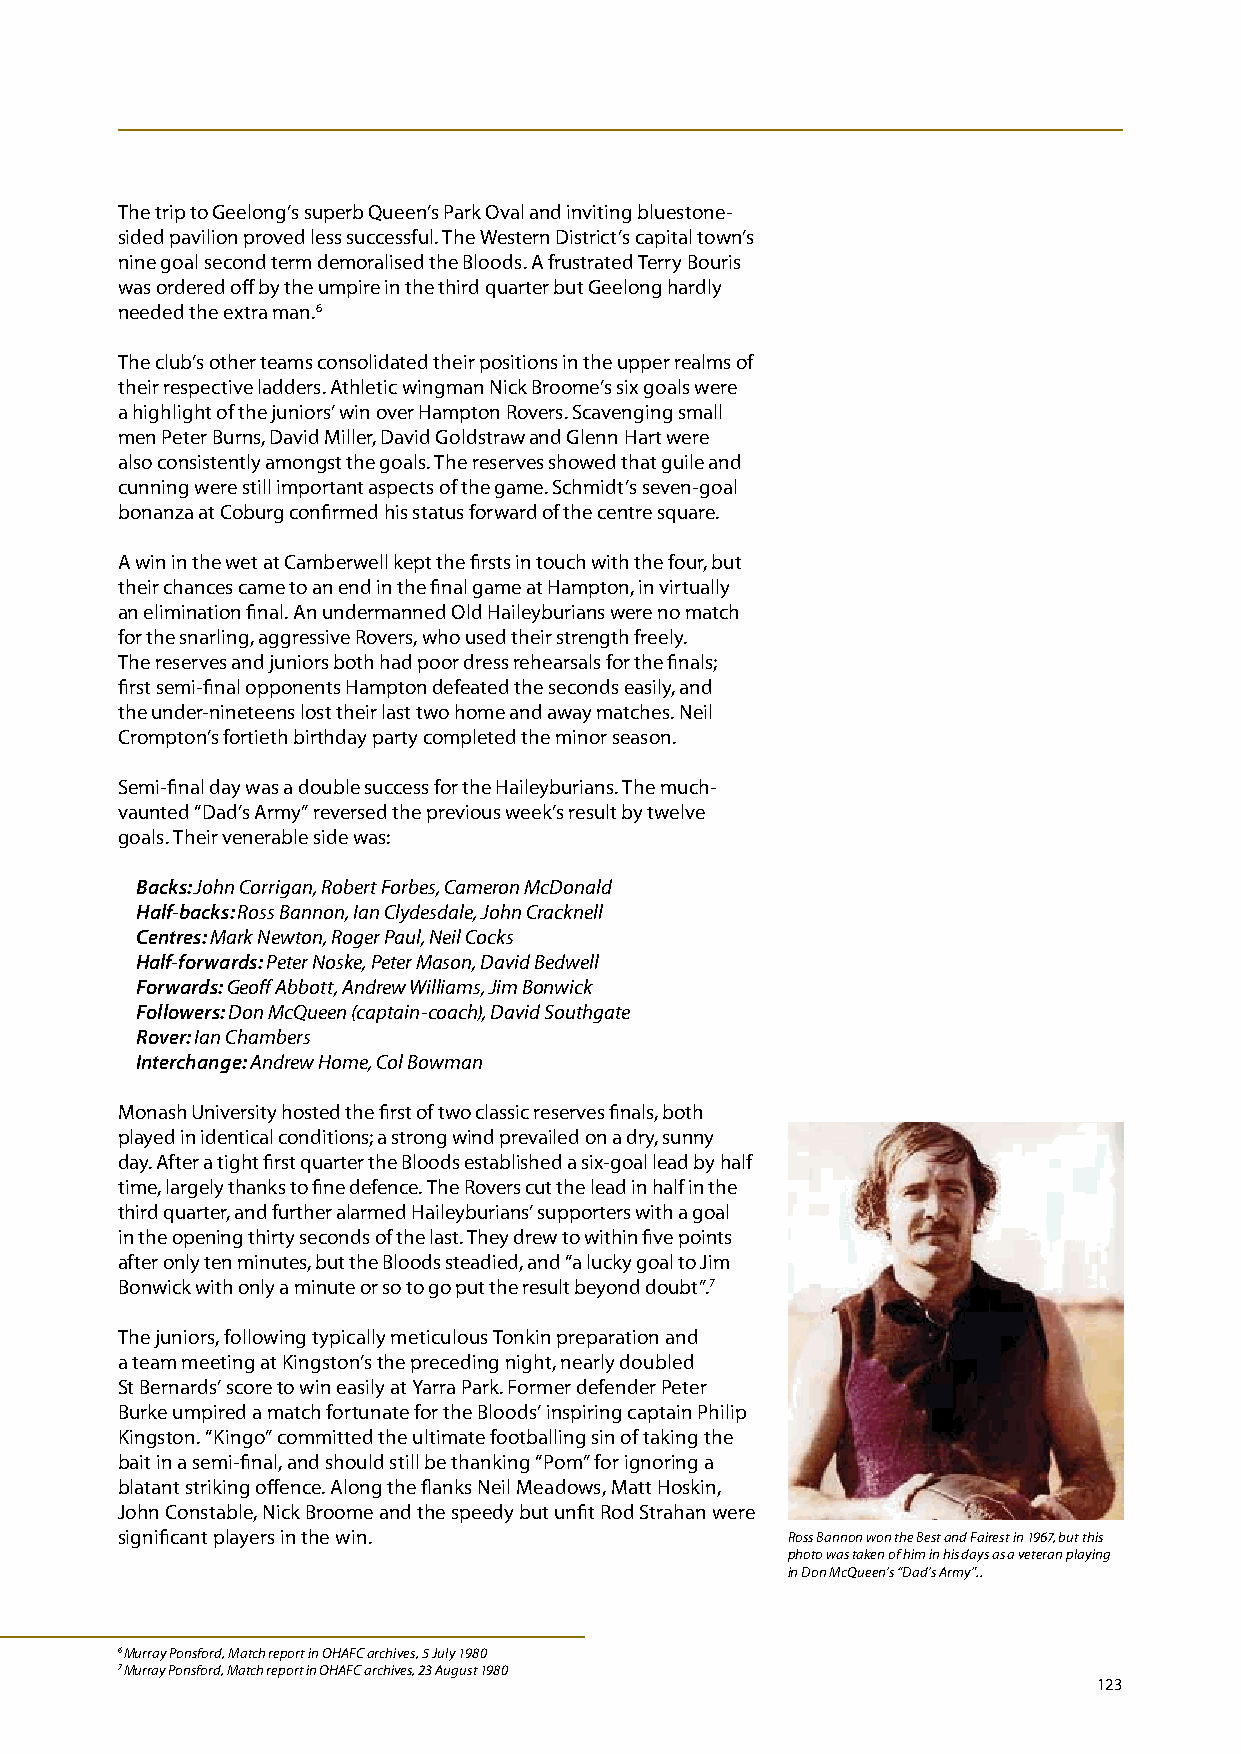
The trip to Geelong’s superb Queen’s Park Oval and inviting bluestone-
 sided pavilion proved less successful. The Western District’s capital town’s
 nine goal second term demoralised the Bloods. A frustrated Terry Bouris
 was ordered off by the umpire in the third quarter but Geelong hardly
 needed the extra man.6
 The club’s other teams consolidated their positions in the upper realms of
 their respective ladders. Athletic wingman Nick Broome’s six goals were
 a highlight of the juniors’ win over Hampton Rovers. Scavenging small
 men Peter Burns, David Miller, David Goldstraw and Glenn Hart were
 also consistently amongst the goals. The reserves showed that guile and
 cunning were still important aspects of the game. Schmidt’s seven-goal
 bonanza at Coburg confirmed his status forward of the centre square.
 A win in the wet at Camberwell kept the firsts in touch with the four, but
 their chances came to an end in the final game at Hampton, in virtually
 an elimination final. An undermanned Old Haileyburians were no match
 for the snarling, aggressive Rovers, who used their strength freely.
 The reserves and juniors both had poor dress rehearsals for the finals;
 first semi-final opponents Hampton defeated the seconds easily, and
 the under-nineteens lost their last two home and away matches. Neil
 Crompton’s fortieth birthday party completed the minor season.
 Semi-final day was a double success for the Haileyburians. The much-
 vaunted “Dad’s Army” reversed the previous week’s result by twelve
 goals. Their venerable side was:
 Backs: John Corrigan, Robert Forbes, Cameron McDonald
 Half-backs: Ross Bannon, Ian Clydesdale, John Cracknell
 Centres: Mark Newton, Roger Paul, Neil Cocks
 Half-forwards: Peter Noske, Peter Mason, David Bedwell
 Forwards: Geoff Abbott, Andrew Williams, Jim Bonwick
 Followers: Don McQueen (captain-coach), David Southgate
 Rover: Ian Chambers
 Interchange: Andrew Home, Col Bowman
 Monash University hosted the first of two classic reserves finals, both
 played in identical conditions; a strong wind prevailed on a dry, sunny
 day. After a tight first quarter the Bloods established a six-goal lead by half
 time, largely thanks to fine defence. The Rovers cut the lead in half in the
 third quarter, and further alarmed Haileyburians’ supporters with a goal
 in the opening thirty seconds of the last. They drew to within five points
 after only ten minutes, but the Bloods steadied, and “a lucky goal to Jim
 Bonwick with only a minute or so to go put the result beyond doubt”.7
 The juniors, following typically meticulous Tonkin preparation and
 a team meeting at Kingston’s the preceding night, nearly doubled
 St Bernards’ score to win easily at Yarra Park. Former defender Peter
 Burke umpired a match fortunate for the Bloods’ inspiring captain Philip
 Kingston. “Kingo” committed the ultimate footballing sin of taking the
 bait in a semi-final, and should still be thanking “Pom” for ignoring a
 blatant striking offence. Along the flanks Neil Meadows, Matt Hoskin,
 John Constable, Nick Broome and the speedy but unfit Rod Strahan were
 significant players in the win.             Ross Bannon won the Best and Fairest in 1967, but this
 photo was taken of him in his days as a veteran playing
 in Don McQueen’s “Dad’s Army”..
 6 Murray Ponsford, Match report in OHAFC archives, 5 July 1980
 7 Murray Ponsford, Match report in OHAFC archives, 23 August 1980
 123